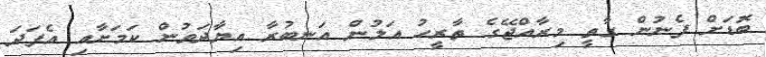
ބޮޑަށް ފެނުން ގާތީ މިރާއްޖޭގެ ތާރީހު އަލުން އަނބުރާ އިޔާދަވުން ކަމަށާއި އެފަދަ